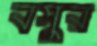
বসুর